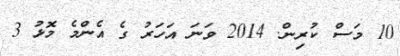
10 މަސް ކުރިން. 2014 ވަނަ އަހަރު ގެ އެންމެ މޮޅު 3